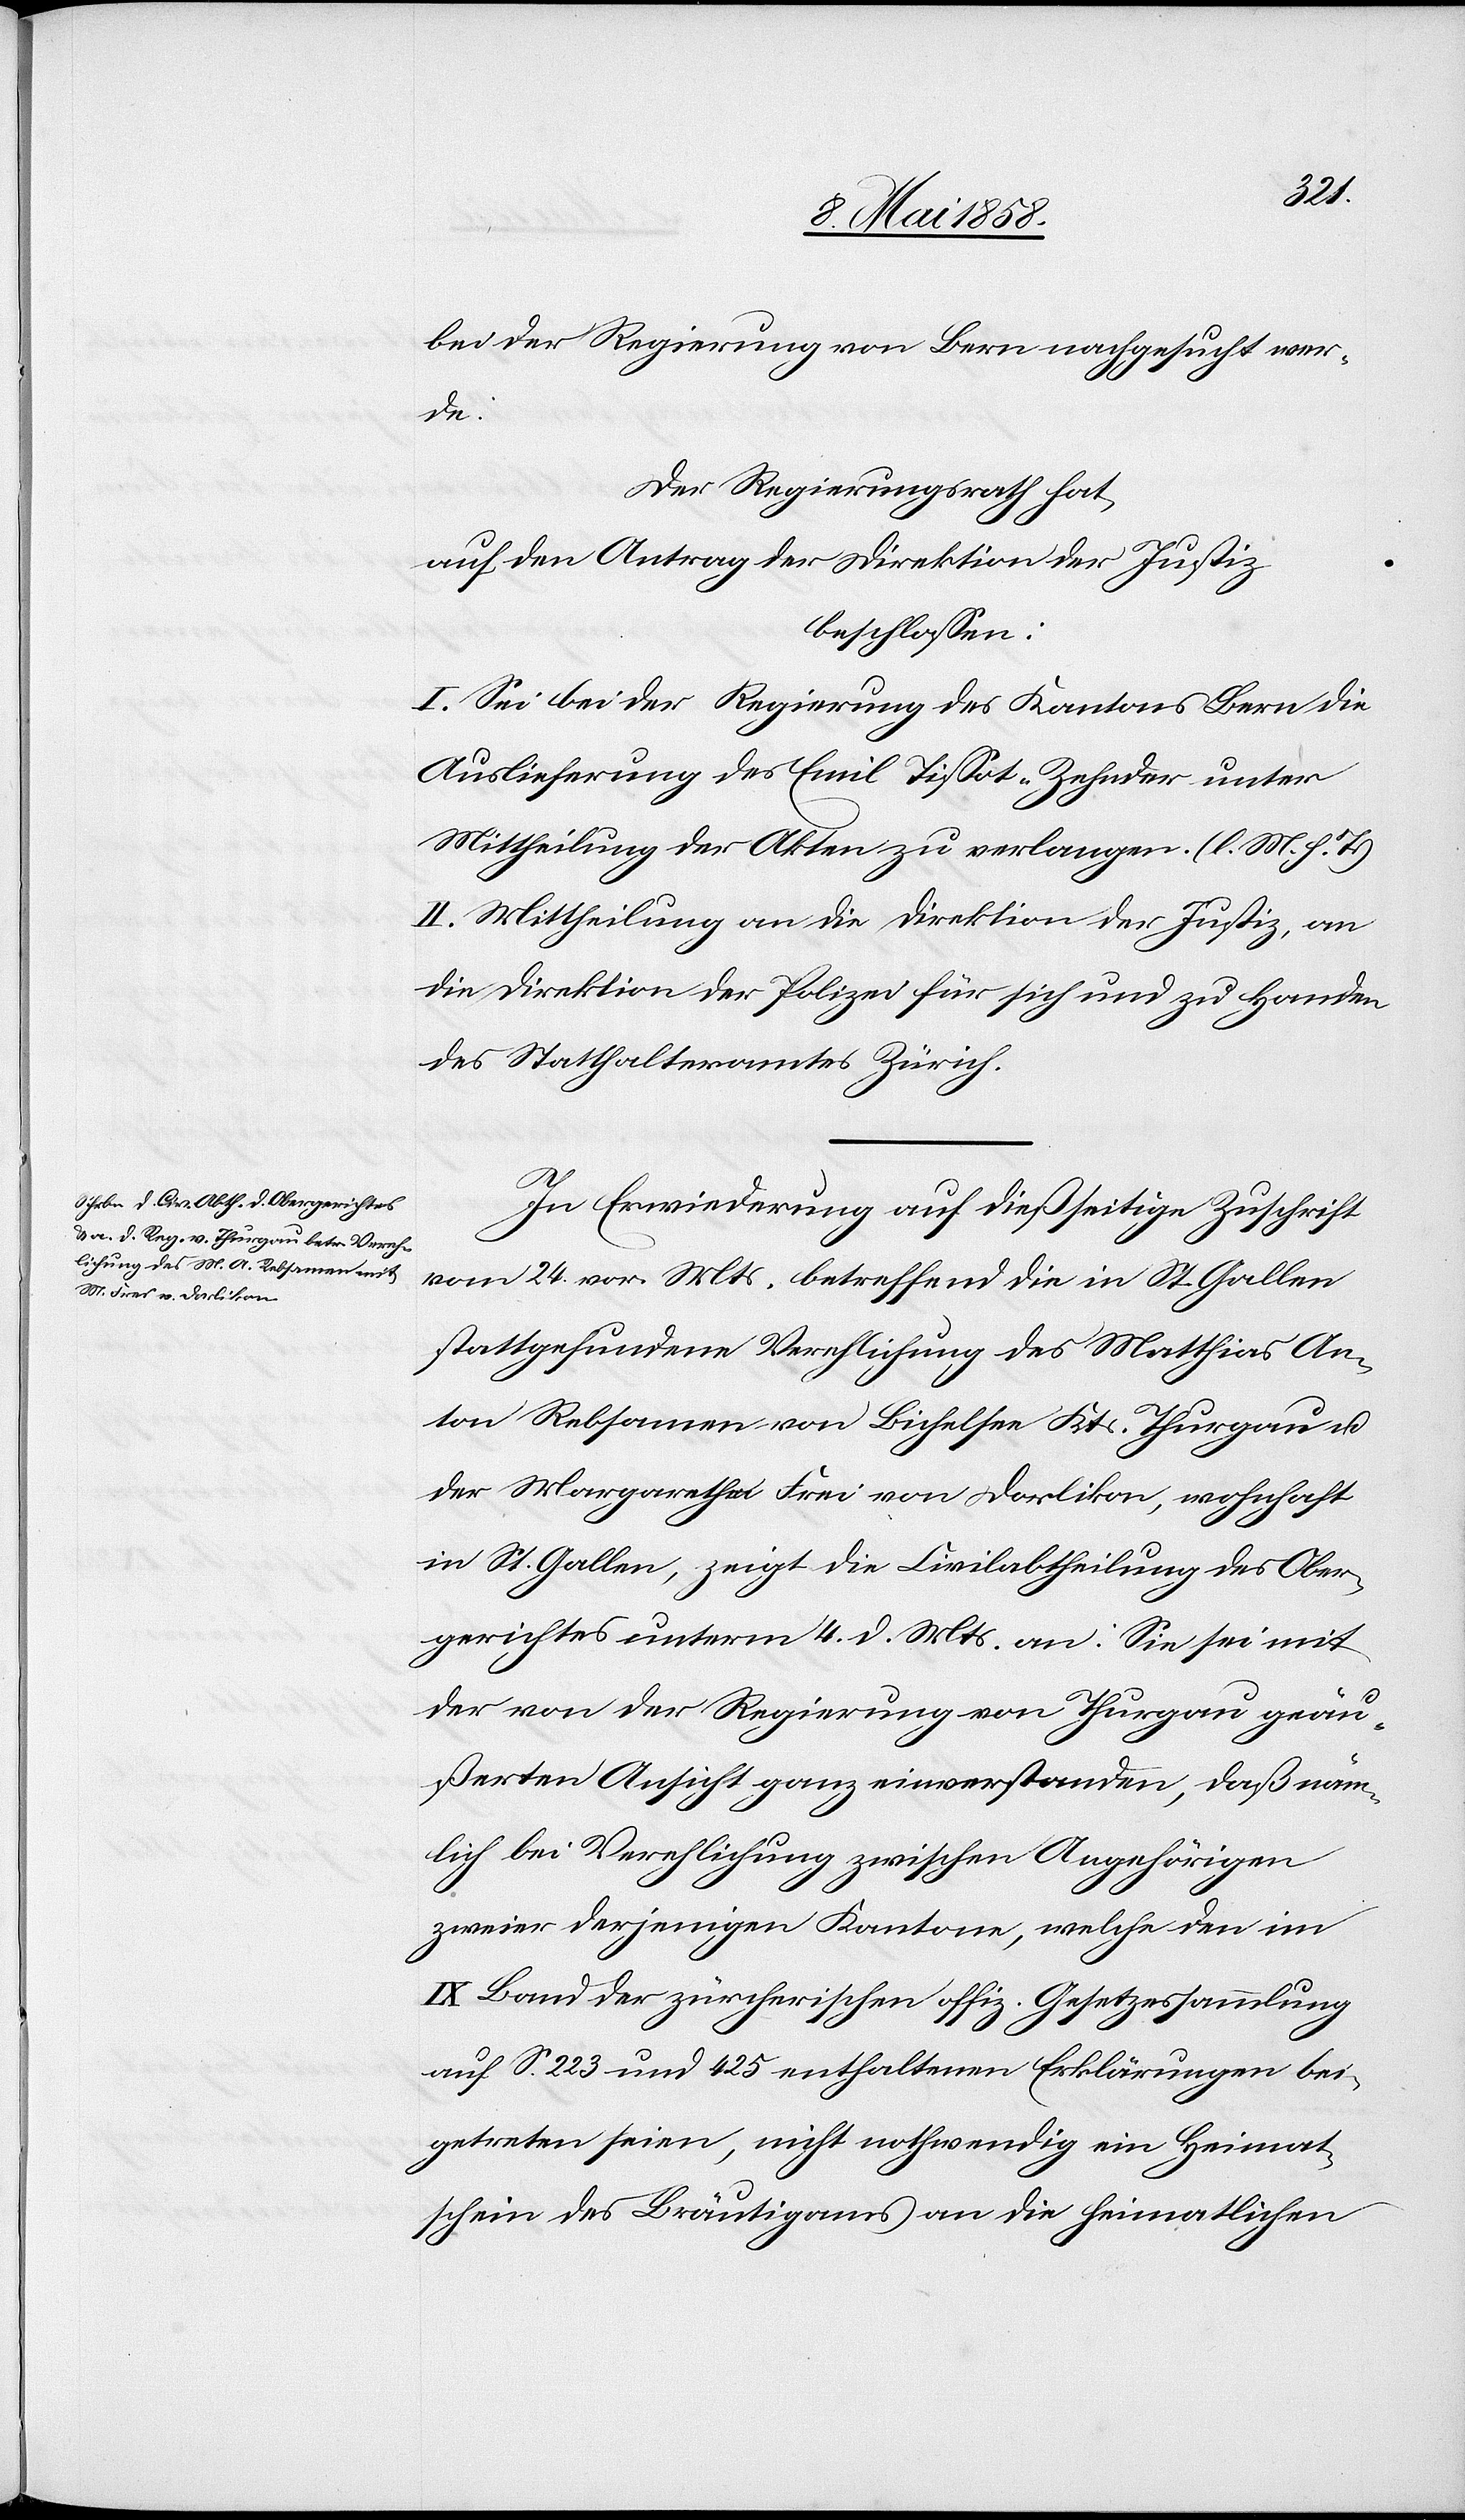
bei der Regierung von Bern nachgesucht wer¬
de.
Der Regierungsrath hat,
auf den Antrag der Direktion der Justiz,
beschlossen:
I. Sei bei der Regierung des Kantons Bern die
Auslieferung des Emil Tissot-Zehnder unter
Mittheilung der Akten zu verlangen. (l. M. h. T.)
II. Mittheilung an die Direktion der Justiz, an
die Direktion der Polizei für sich und zu Handen
des Statthalteramtes Zürich.
In Erwiederung auf dießseitige Zuschrift
vom 24. vor. Mts. betreffend die in St. Gallen
stattgefundene Verhelichung des Matthias An¬
ton Rebsamen von Bichelsee Kts. Thurgau u.
der Margaretha Frei von Dorlikon, wohnhaft
in St. Gallen, zeigt die Civilabtheilung des Ober¬
gerichtes unterm 4. d. Mts. an: Sie sei mit
der von der Regierung von Thurgau geäu¬
ßerten Ansicht ganz einverstanden, daß näm¬
lich bei Verehlichung zwischen Angehörigen
zweier derjenigen Kantone, welche den im
IX Band der zürcherischen offiz. Gesetzessammlung
auf S. 223 und 425 enthaltenen Erklärungen bei¬
getreten seien, nicht nothwendig ein Heimat¬
schein des Bräutigams an die heimatlichen